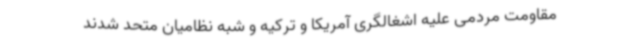
مقاومت مردمی علیه اشغالگری آمریکا و ترکیه و شبه نظامیان متحد شدند